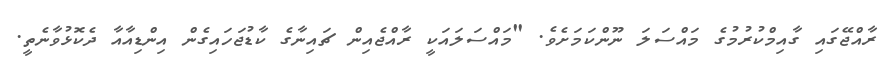
ރާއްޖޭގައި ގާއިމްކުރުމުގެ މައްސަލަ ނޫންކަމަށެވެ. "މައްސަލައަކީ ރާއްޖެއިން ޗައިނާގެ ކާޑުޖަހައިގެން އިންޑިއާއާ ދެކޮޅުވާނެތީ.